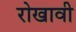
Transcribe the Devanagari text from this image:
रोखावी